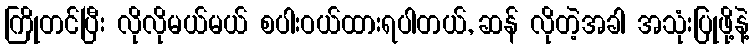
ကြိုတင်ပြီး လိုလိုမယ်မယ် စပါးဝယ်ထားရပါတယ်, ဆန် လိုတဲ့အခါ အသုံးပြုဖို့နဲ့